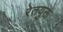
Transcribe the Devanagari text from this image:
रेतयुक्त